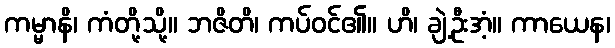
ကမ္မာနိ၊ ကံတို့သို့။ ဘဇိတိ၊ ကပ်ဝင်၏။ ဟိ၊ ချဲ့ဦးအံ့။ ကာယေန၊